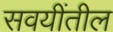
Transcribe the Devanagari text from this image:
सवयींतील